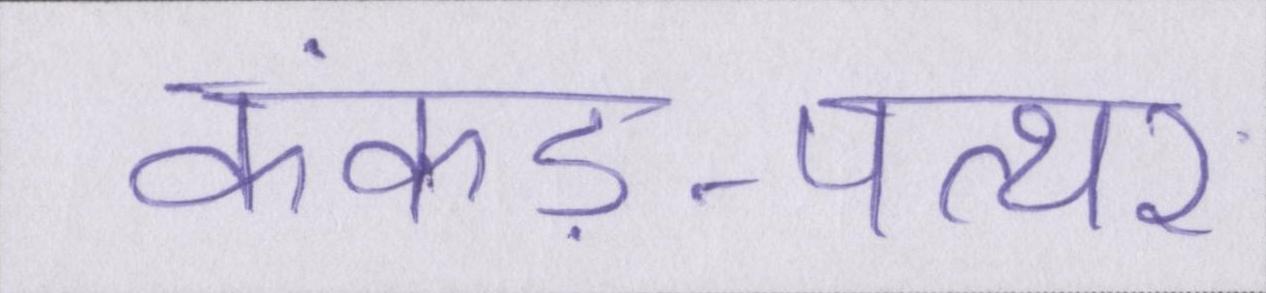
कंकड़-पत्थर